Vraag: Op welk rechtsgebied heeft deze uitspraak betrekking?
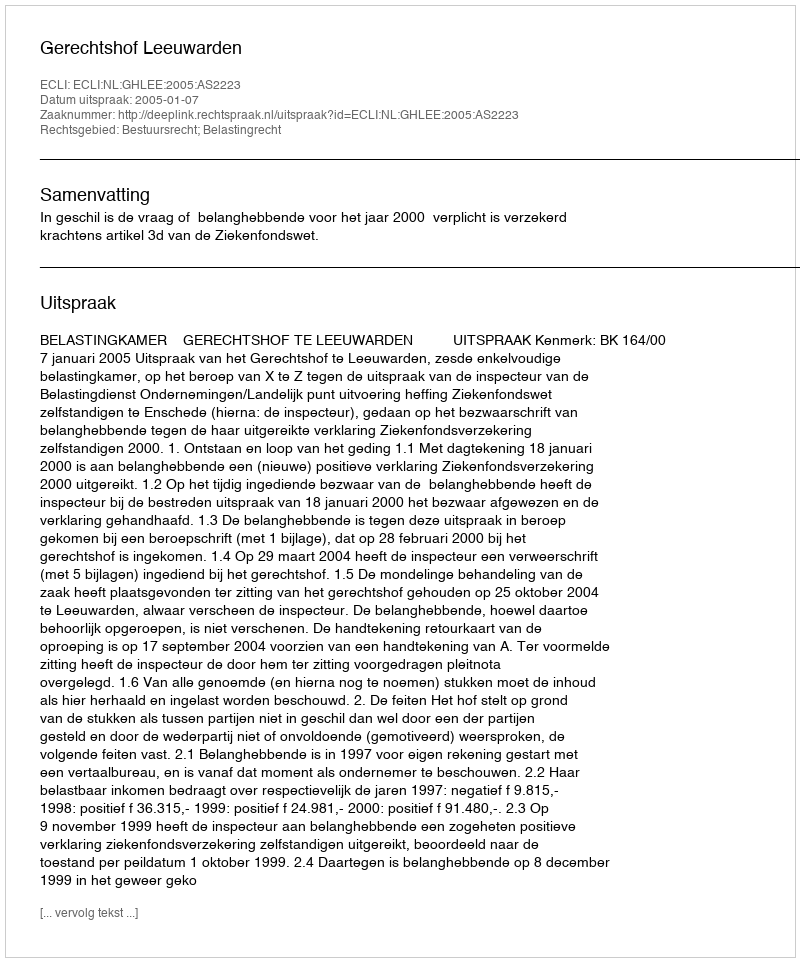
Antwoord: Bestuursrecht; Belastingrecht